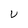
Character: V